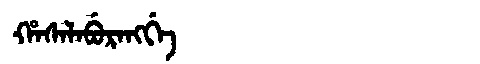
Manchu: ᡥᠠᠰᠠᠯᠠᠪᡠᡵᠠᠩᡤᡝ
Romanization: HASALABURANGGE